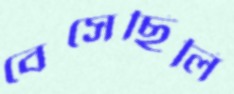
বেসেছিলি